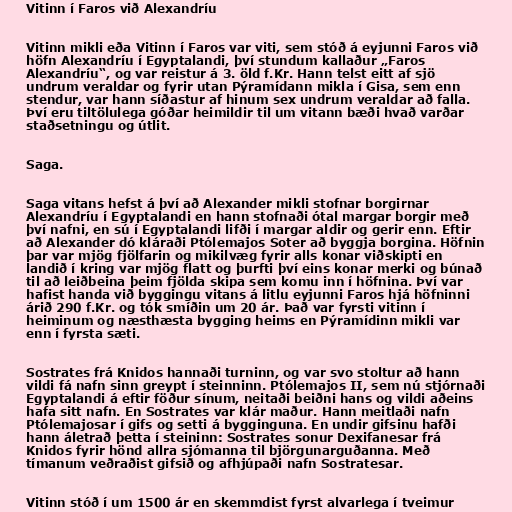
Vitinn í Faros við Alexandríu

Vitinn mikli eða Vitinn í Faros var viti, sem stóð á eyjunni Faros við
höfn Alexandríu í Egyptalandi, því stundum kallaður „Faros
Alexandríu“, og var reistur á 3. öld f.Kr. Hann telst eitt af sjö
undrum veraldar og fyrir utan Pýramídann mikla í Gisa, sem enn
stendur, var hann síðastur af hinum sex undrum veraldar að falla.
Því eru tiltölulega góðar heimildir til um vitann bæði hvað varðar
staðsetningu og útlit.

Saga.

Saga vitans hefst á því að Alexander mikli stofnar borgirnar
Alexandríu í Egyptalandi en hann stofnaði ótal margar borgir með
því nafni, en sú í Egyptalandi lifði í margar aldir og gerir enn. Eftir
að Alexander dó kláraði Ptólemajos Soter að byggja borgina. Höfnin
þar var mjög fjölfarin og mikilvæg fyrir alls konar viðskipti en
landið í kring var mjög flatt og þurfti því eins konar merki og búnað
til að leiðbeina þeim fjölda skipa sem komu inn í höfnina. Því var
hafist handa við byggingu vitans á litlu eyjunni Faros hjá höfninni
árið 290 f.Kr. og tók smíðin um 20 ár. Það var fyrsti vitinn í
heiminum og næsthæsta bygging heims en Pýramídinn mikli var
enn í fyrsta sæti.

Sostrates frá Knidos hannaði turninn, og var svo stoltur að hann
vildi fá nafn sinn greypt í steinninn. Ptólemajos II, sem nú stjórnaði
Egyptalandi á eftir föður sínum, neitaði beiðni hans og vildi aðeins
hafa sitt nafn. En Sostrates var klár maður. Hann meitlaði nafn
Ptólemajosar í gifs og setti á bygginguna. En undir gifsinu hafði
hann áletrað þetta í steininn: Sostrates sonur Dexifanesar frá
Knidos fyrir hönd allra sjómanna til björgunarguðanna. Með
tímanum veðraðist gifsið og afhjúpaði nafn Sostratesar.

Vitinn stóð í um 1500 ár en skemmdist fyrst alvarlega í tveimur